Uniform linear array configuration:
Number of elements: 4
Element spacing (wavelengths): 1
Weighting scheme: kaiser
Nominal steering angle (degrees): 0
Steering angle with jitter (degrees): -1.071
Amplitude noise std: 0.05
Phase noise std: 0.05

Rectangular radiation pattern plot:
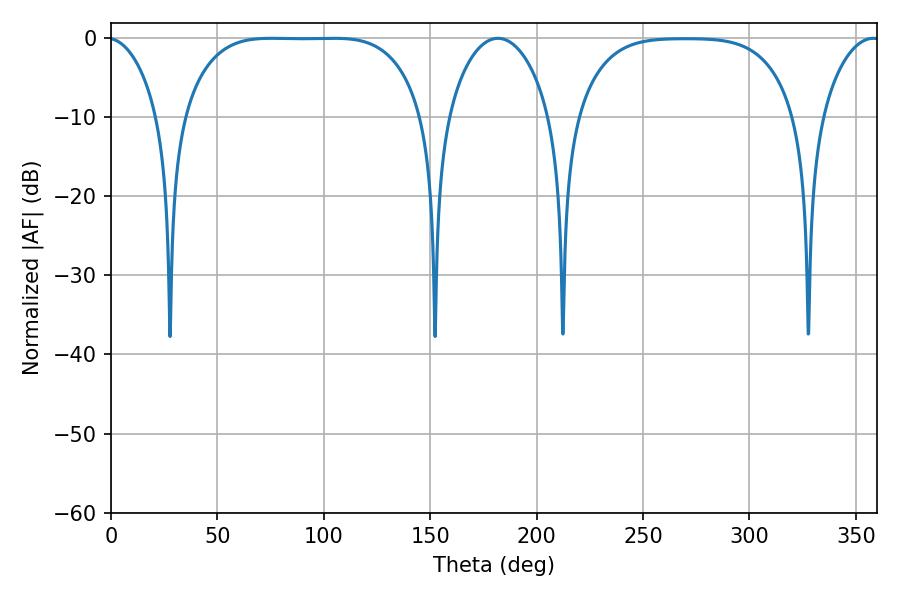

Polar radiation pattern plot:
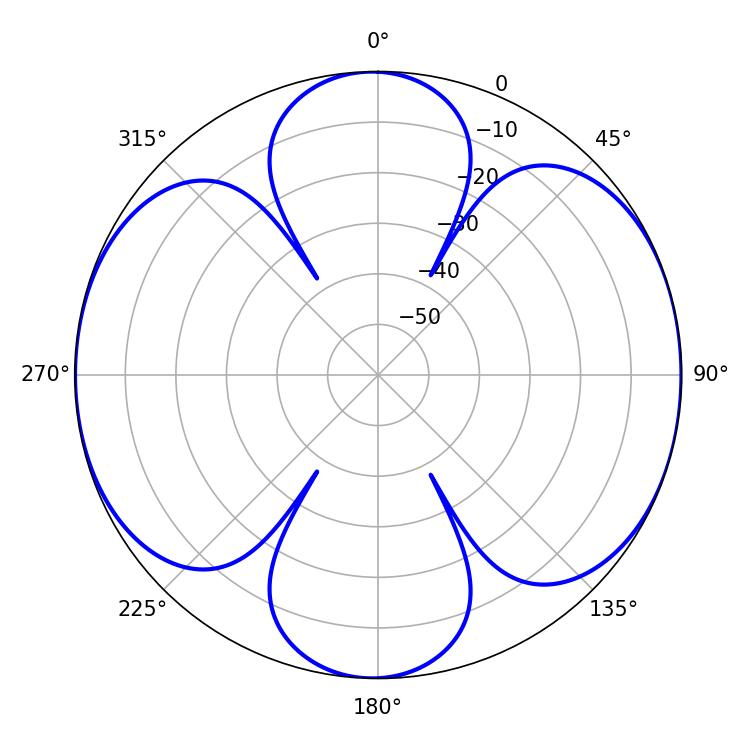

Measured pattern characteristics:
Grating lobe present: TRUE
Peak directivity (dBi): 11.458
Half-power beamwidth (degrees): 86.4
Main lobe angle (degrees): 75.42